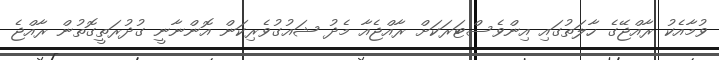
ވުމާއެކު ރާއްޖޭގެ ހާލަތުގައި އިންވެސްޓަރަކަށް ރާއްޖެއާ މެދު ޝައުގުވެރިކަން އޮންނާނީ ގުދުރަތީގޮތުން ރާއްޖެ